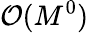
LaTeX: \mathcal{O}(M^{0})